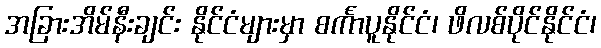
အခြားအိမ်နီးချင်း နိုင်ငံများမှာ စင်္ကာပူနိုင်ငံ၊ ဖိလစ်ပိုင်နိုင်ငံ၊